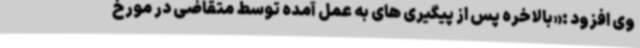
وی افزود :«بالاخره پس از پیگیری های به عمل آمده توسط متقاضی در مورخ